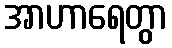
အာဟာရေတွာ